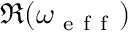
\Re ( \omega _ { \mathrm { ~ e ~ f ~ f ~ } } )